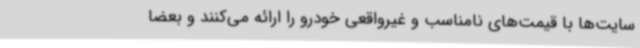
سایت‌ها با قیمت‌های نامناسب و غیرواقعی خودرو را ارائه می‌کنند و بعضا